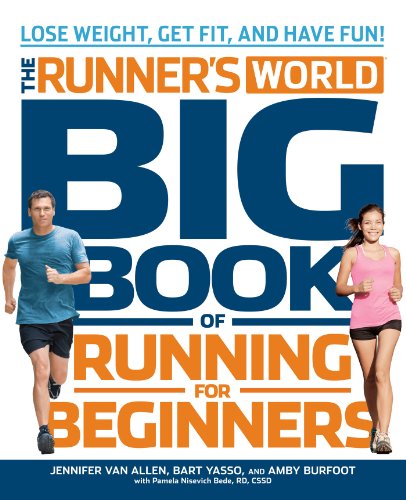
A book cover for Runner's World Big Book of Running for Beginners: Lose Weight, Get Fit, and Have Fun; Jennifer Van Allen; Sports & Outdoors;